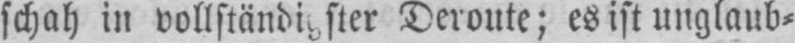
schah in vollständiger Deroute; es ist unglaub⸗